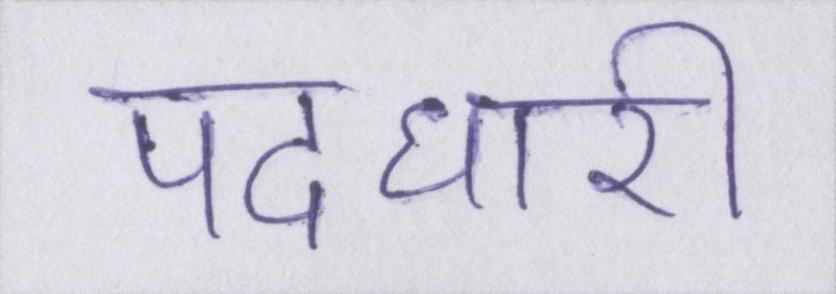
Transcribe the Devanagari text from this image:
पदधारी